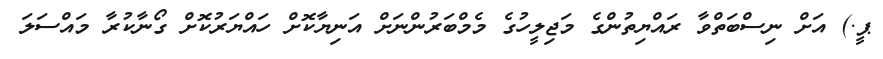
ޕީ.) އަށް ނިސްބަތްވާ ރައްޔިތުންގެ މަޖިލީހުގެ މެމްބަރުންނަށް އަނިޔާކޮށް ހައްޔަރުކޮށް ގޯނާކުރާ މައްސަލަ